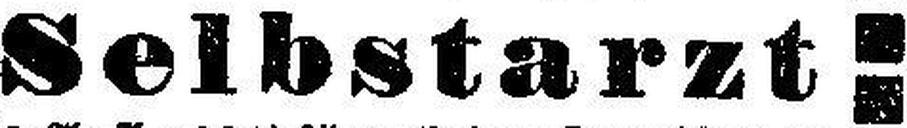
Selbstarzt